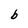
Character: b